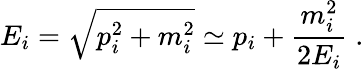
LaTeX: {E_{i}}=\sqrt{{p_{i}^{2}}+{m_{i}^{2}}}\simeq{p_{i}}+\frac{{m_{i}^{2}}}{2{E_{i}}}\; .